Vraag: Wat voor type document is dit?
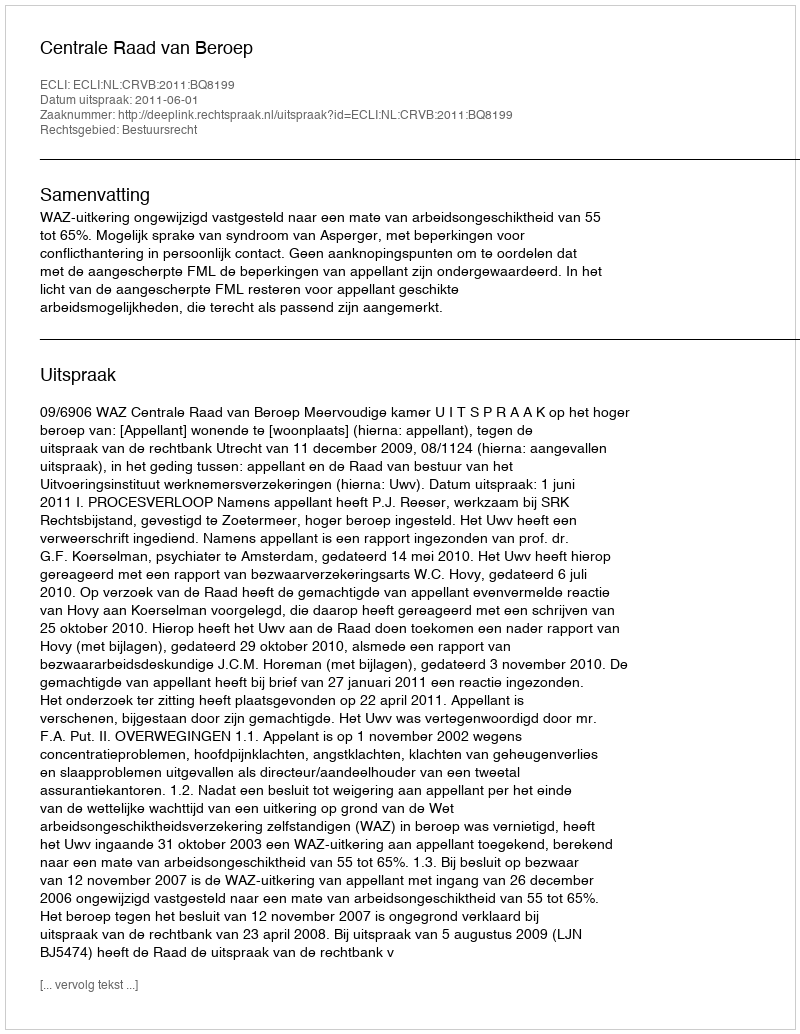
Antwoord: Uitspraak